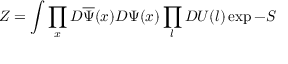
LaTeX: Z = \int \prod _ { x } D \overline { { { \Psi } } } ( x ) D \Psi ( x ) \prod _ { l } D U ( l ) \exp - S